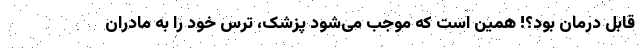
قابل درمان بود؟! همین است که موجب می‌شود پزشک، ترس خود را به مادران